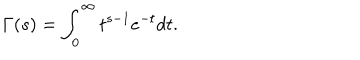
LaTeX: \Gamma ( s ) = \int _ { 0 } ^ { \infty } t ^ { s - 1 } e ^ { - t } d t .